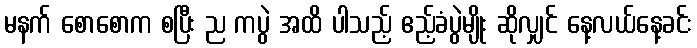
မနက် စောစောက စပြီး ည ကပွဲ အထိ ပါသည့် ဧည့်ခံပွဲမျိုး ဆိုလျှင် နေ့လယ်နေ့ခင်း